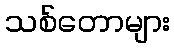
သစ်တောများ